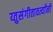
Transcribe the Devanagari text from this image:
य्तुसंगीतावर्त्यांनी